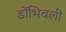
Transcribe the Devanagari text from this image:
डोंभिवली